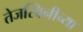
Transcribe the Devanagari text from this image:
तेजस्विनीच्या